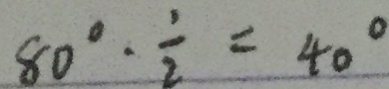
8 0 ^ { \circ } \cdot \frac { 1 } { 2 } = 4 0 ^ { \circ }